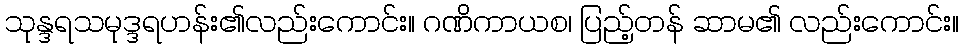
သုန္ဒရသမုဒ္ဒရဟန်း၏လည်းကောင်း။ ဂဏိကာယစ၊ ပြည့်တန် ဆာမ၏ လည်းကောင်း။